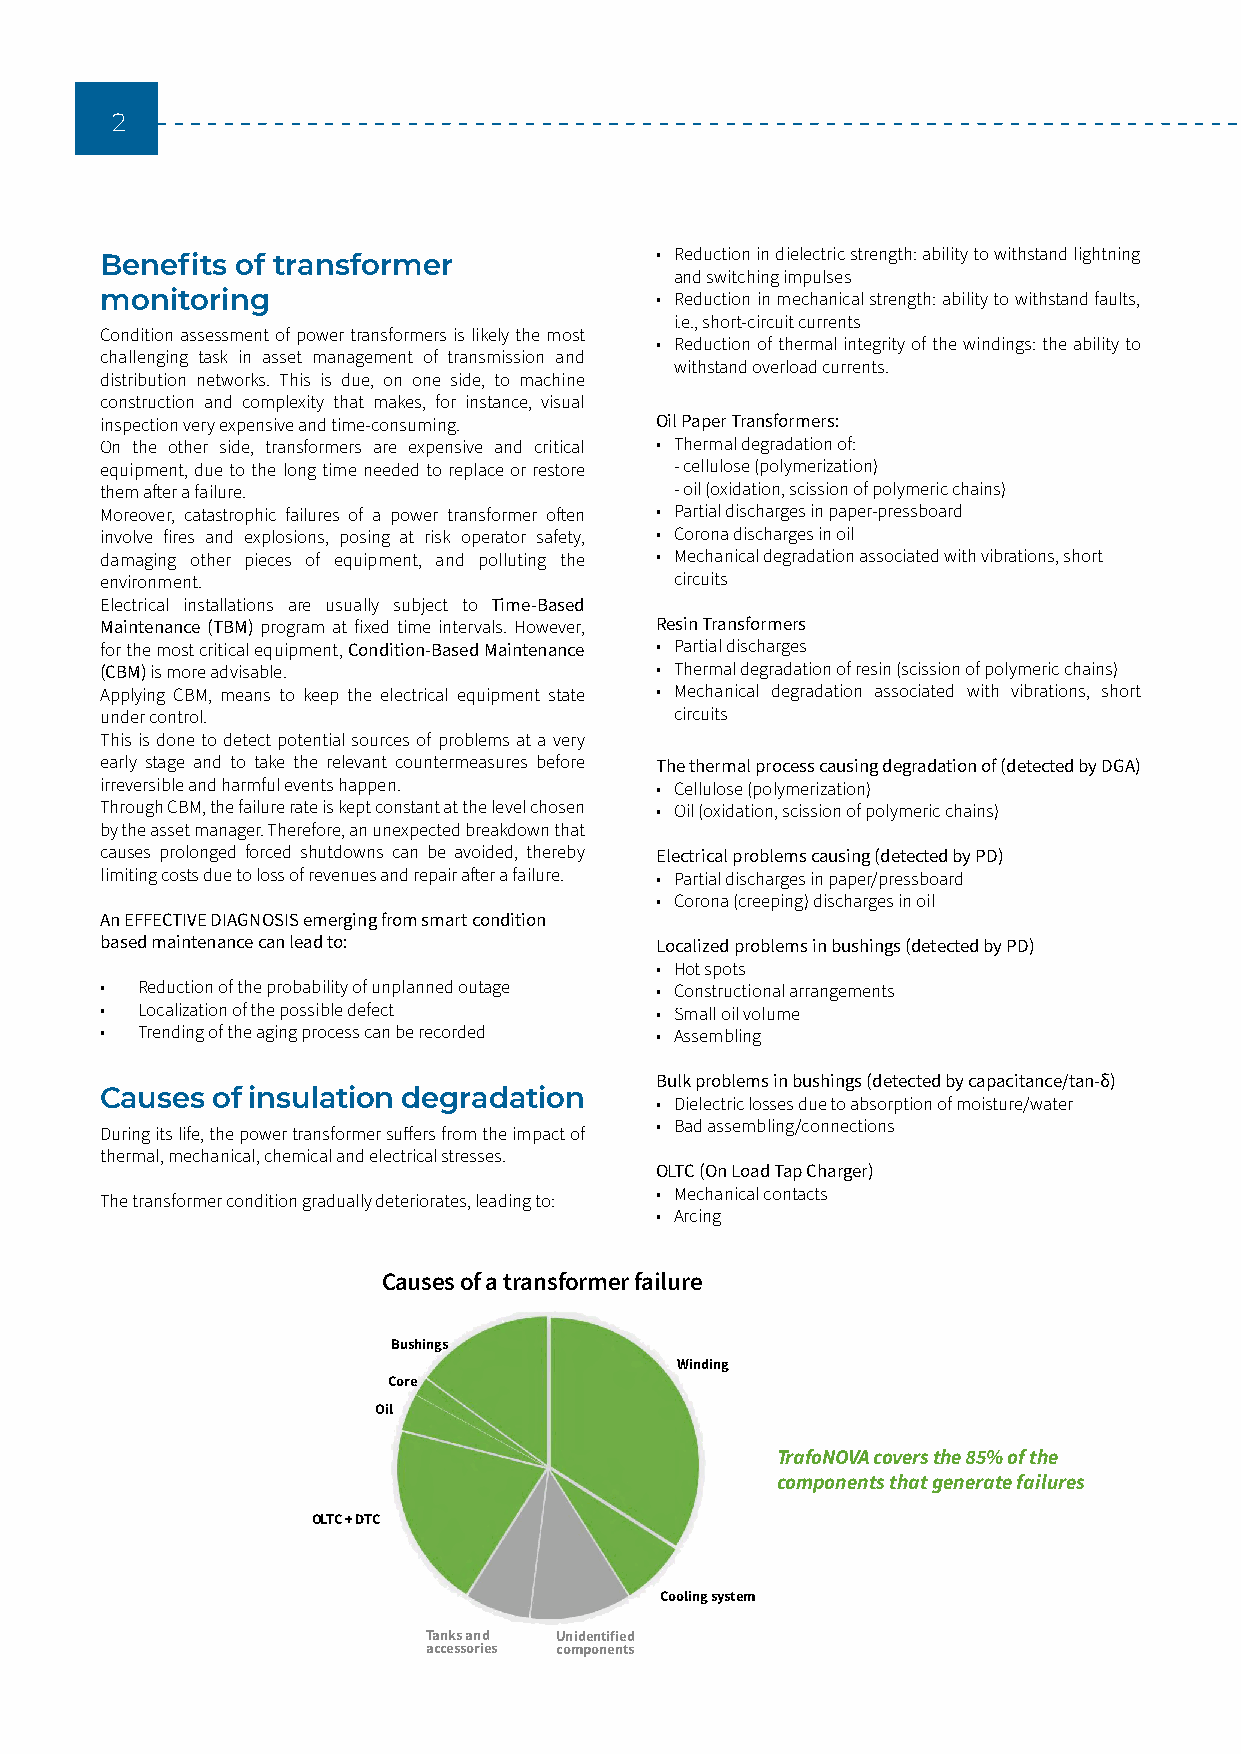
2
 Benefits of transformer             • Reduction in dielectric strength: ability to withstand lightning
 and switching impulses
 monitoring                          • Reduction in mechanical strength: ability to withstand faults,
 i.e., short-circuit currents
 Condition assessment of power transformers is likely the most
 • Reduction of thermal integrity of the windings: the ability to
 challenging task in asset management of transmission and
 withstand overload currents.
 distribution networks. This is due, on one side, to machine
 construction and complexity that makes, for instance, visual
 inspection very expensive and time-consuming. Oil Paper Transformers:
 On the other side, transformers are expensive and critical • Thermal degradation of:
 equipment, due to the long time needed to replace or restore - cellulose (polymerization)
 them after a failure.                 - oil (oxidation, scission of polymeric chains)
 Moreover, catastrophic failures of a power transformer often • Partial discharges in paper-pressboard
 involve fires and explosions, posing at risk operator safety, • Corona discharges in oil
 damaging other pieces of equipment, and polluting the • Mechanical degradation associated with vibrations, short
 environment.                          circuits
 Electrical installations are usually subject to Time-Based
 Maintenance (TBM) program at fixed time intervals. However, Resin Transformers
 for the most critical equipment, Condition-Based Maintenance • Partial discharges
 (CBM) is more advisable.            • Thermal degradation of resin (scission of polymeric chains)
 Applying CBM, means to keep the electrical equipment state • Mechanical degradation associated with vibrations, short
 under control.                        circuits
 This is done to detect potential sources of problems at a very
 early stage and to take the relevant countermeasures before The thermal process causing degradation of (detected by DGA)
 irreversible and harmful events happen. • Cellulose (polymerization)
 Through CBM, the failure rate is kept constant at the level chosen • Oil (oxidation, scission of polymeric chains)
 by the asset manager. Therefore, an unexpected breakdown that
 causes prolonged forced shutdowns can be avoided, thereby Electrical problems causing (detected by PD)
 limiting costs due to loss of revenues and repair after a failure. • Partial discharges in paper/pressboard
 • Corona (creeping) discharges in oil
 An EFFECTIVE DIAGNOSIS emerging from smart condition
 based maintenance can lead to:      Localized problems in bushings (detected by PD)
 • Hot spots
 • Reduction of the probability of unplanned outage • Constructional arrangements
 • Localization of the possible defect • Small oil volume
 • Trending of the aging process can be recorded • Assembling
 Bulk problems in bushings (detected by capacitance/tan-δ)
 Causes of insulation degradation
 • Dielectric losses due to absorption of moisture/water
 • Bad assembling/connections
 During its life, the power transformer suffers from the impact of
 thermal, mechanical, chemical and electrical stresses.
 OLTC (On Load Tap Charger)
 • Mechanical contacts
 The transformer condition gradually deteriorates, leading to:
 • Arcing
 Causes of a transformer failure
 Bushings
 Winding
 Core
 Oil
 TrafoNOVA covers the 85% of the
 components that generate failures
 OLTC + DTC
 Cooling system
 Tanks and Unidentified
 accessories components
 Ref. : MIDEL, transformer risk report Nov. 2018.